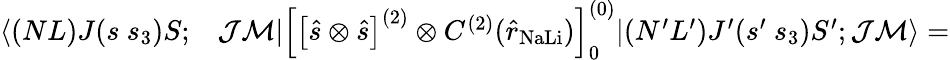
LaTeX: \begin{array}{rl}{\langle(NL)J(s~s_{3})S;}&{{}\mathcal{J}\mathcal{M}|\left[\left[\hat{s}\otimes\hat{s}\right]^{(2)}\otimes C^{(2)}(\hat{r}_{\mathrm{NaLi}})\right]_{0}^{(0)}|(N^{\prime}L^{\prime})J^{\prime}(s^{\prime}~s_{3})S^{\prime};\mathcal{J}\mathcal{M}\rangle=}\end{array}